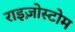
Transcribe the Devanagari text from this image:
राइज़ोस्टोम